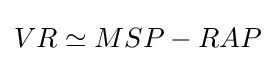
VR\simeq MSP-RAP